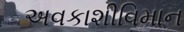
અવકાશીવિમાન